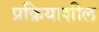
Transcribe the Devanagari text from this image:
प्रक्रियाशील